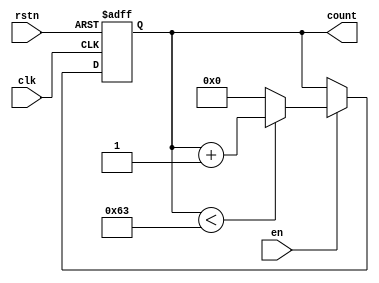
module counter(
	input wire clk, rstn, en,
	output reg [6:0] count
);

	always@(posedge clk, negedge rstn)
	begin
		if(!rstn)
			count <= 7'b0000000;
		else if(en)
			count <= (count < 99) ? count + 1'b1 : 1'b0;
	end

endmodule